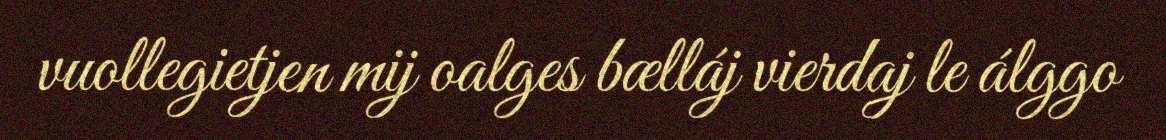
vuollegietjen mij oalges bælláj vierdaj le álggo